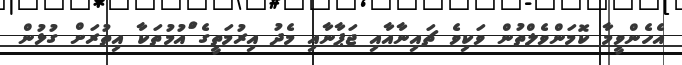
އެހެންވީމާ ކޮމަންވެލްތުން ވަކިވެ ޗައިނާއާއި ޖަޕާނާއި މެދު އިރުމަތީގެ ްައުމުތަކާ އިތުރަށް ގުޅުން